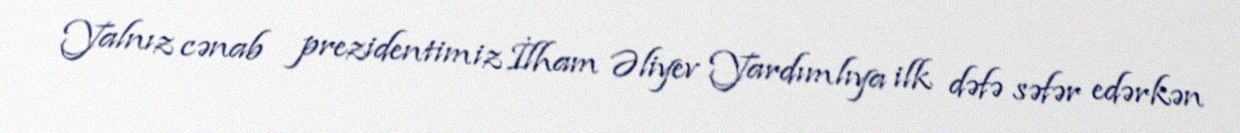
Yalnız cənab prezidentimiz İlham Əliyev Yardımlıya ilk dəfə səfər edərkən